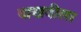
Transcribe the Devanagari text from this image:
दाखवीला